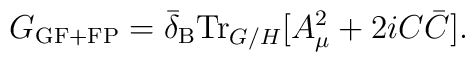
G_{\rm GF+FP} = \bar{\delta}_{\rm B}{\rm Tr}_{G/H}[A_{\mu}^{2} + 2i C\bar{C}].